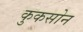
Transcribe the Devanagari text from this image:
कुकसोन